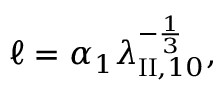
\ell = \alpha _ { 1 } \lambda _ { \mathrm { I I } , 1 0 } ^ { - \frac 1 3 } ,